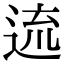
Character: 𨓞